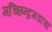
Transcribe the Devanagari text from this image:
मच्छिन्द्रगडाचा